Report of the Indian Hemp Drugs Commission, 1894-1895 - Volume III
Year: 1894
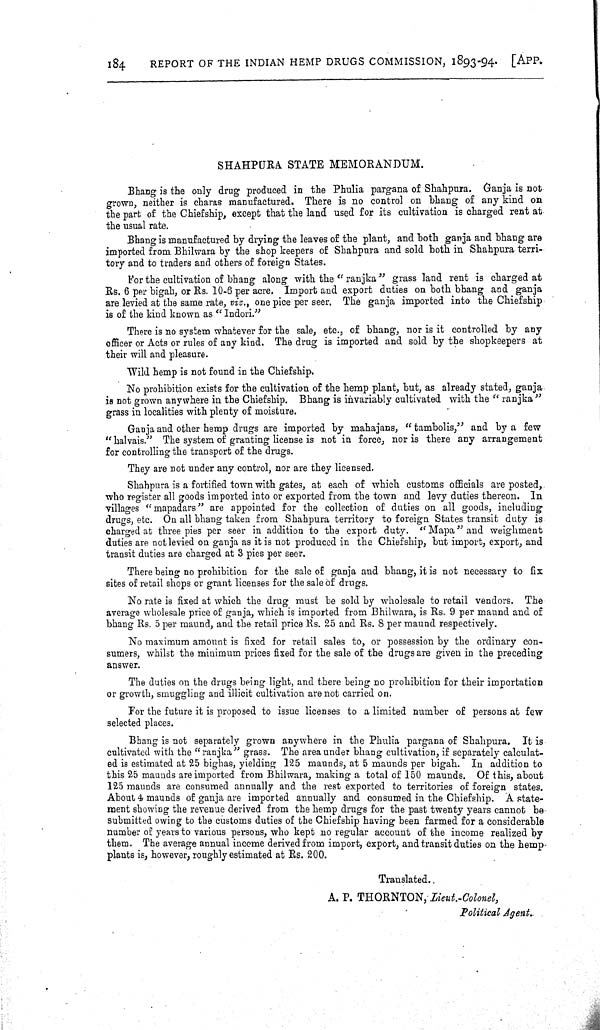
184
REPORT OF THE INDIAN HEMP DRUGS COMMISSION, 1893-94.
[APP.
SHAHPURA STATE MEMORANDUM.
Bhang is the only drug produced in the Phulia pargana of Shahpura. Ganja is not
grown, neither is charas manufactured. There is no control on bhang of any kind on
the part of the Chiefship, except that the land used for its cultivation is charged rent at
the usual rate.
Bhang is manufactured by drying the leaves of the plant, and both ganja and bhang are
imported from Bhilwara by the shop keepers of Shahpura and sold both in Shahpura terri-
tory and to traders and others of foreign States.
For the cultivation of bhang along with the "ranjka" grass land rent is charged at
Rs. 6 per bigah, or Rs. 10-6 per acre. Import and export duties on both bhang and ganja
are levied at the same rate, viz., one pice per seer. The ganja imported into the Chiefship
is of the kind known as "Indori."
There is no system whatever for the sale, etc., of bhang, nor is it controlled by any
officer or Acts or rules of any kind. The drug is imported and sold by the shopkeepers at
their will and pleasure.
Wild hemp is not found in the Chiefship.
No prohibition exists for the cultivation of the hemp plant, but, as already stated, ganja
is not grown anywhere in the Chiefship. Bhang is invariably cultivated with the "ranjka"
grass in localities with plenty of moisture.
Ganja and other hemp drugs are imported by mahajans, "tambolis," and by a few
"halvais." The system of granting license is not in force, nor is there any arrangement
for controlling the transport of the drugs.
They are not under any control, nor are they licensed.
Shahpura is a fortified town with gates, at each of which customs officials are posted,
who register all goods imported into or exported from the town and levy duties thereon. In
villages "mapadars" are appointed for the collection of duties on all goods, including
drugs, etc. On all bhang taken from Shahpura territory to foreign States transit duty is
charged at three pies per seer in addition to the export duty. "Mapa" and weighment
duties are not levied on ganja as it is not produced in the Chiefship, but import, export, and
transit duties are charged at 3 pies per seer.
There being no prohibition for the sale of ganja and bhang, it is not necessary to fix
sites of retail shops or grant licenses for the sale of drugs.
No rate is fixed at which the drug must be sold by wholesale to retail vendors. The
average wholesale price of ganja, which is imported from Bhilwara, is Rs. 9 per maund and of
bhang Rs. 5 per maund, and the retail price Rs. 25 and Rs. 8 per maund respectively.
No maximum amount is fixed for retail sales to, or possession by the ordinary con-
sumers, whilst the minimum prices fixed for the sale of the drugs are given in the preceding
answer.
The duties on the drugs being light, and there being no prohibition for their importation
or growth, smuggling and illicit cultivation are not carried on.
For the future it is proposed to issue licenses to a limited number of persons at few
selected places.
Bhang is not separately grown anywhere in the Phulia pargana of Shahpura. It is
cultivated with the "ranjka" grass. The area under bhang cultivation, if separately calculat-
ed is estimated at 25 bighas, yielding 125 maunds, at 5 maunds per bigah. In addition to
this 25 maunds are imported from Bhilwara, making a total of 150 maunds. Of this, about
125 maunds are consumed annually and the rest exported to territories of foreign states.
About 4 maunds of ganja are imported annually and consumed in the Chiefship. A state-
ment showing the revenue derived from the hemp drugs for the past twenty years cannot be-
submitted owing to the customs duties of the Chiefship having been farmed for a considerable
number of years to various persons, who kept no regular account of the income realized by
them. The average annual income derived from import, export, and transit duties on the hemp-
plants is, however, roughly estimated at Rs. 200.
Translated.
A. P. THORNTON, Lieut.-Colonel,
Political
Agent.